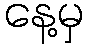
နေ့မှ